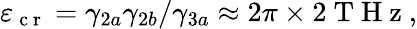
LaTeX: \varepsilon_{\mathrm{~c~r~}}=\gamma_{2a}\gamma_{2b}/\gamma_{3a}\approx 2\pi\times 2\mathrm{~T~H~z~},